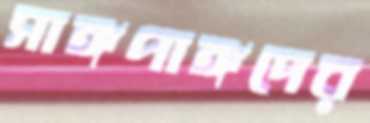
সাঙ্গপাঙ্গদের